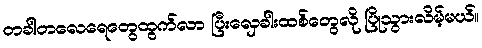
တခါတလေရေတွေထွက်လာ ပြီးလှေခါးထစ်တွေလို ပြိုသွားလိမ့်မယ်။